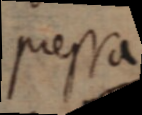
pressa,